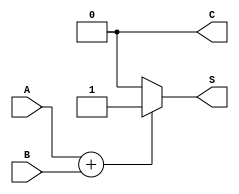
module threshold_half_adder (
    input wire A,  // First binary input
    input wire B,  // Second binary input
    output wire S, // Sum output
    output wire C  // Carry output
);

// Internal wire to hold the sum of inputs
wire sum;

// Calculate the sum of inputs
assign sum = A + B;

// Determine the Sum output based on threshold logic
assign S = (sum == 1) ? 1 : 0; // S is 1 if the sum of A and B is exactly 1

// Determine the Carry output based on threshold logic
assign C = (sum == 2) ? 1 : 0; // C is 1 if the sum of A and B is exactly 2

endmodule